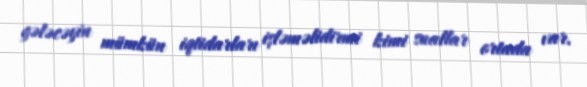
gələcəyin mümkün iqtidarları işləməlidirmi kimi suallar ortada var.